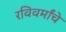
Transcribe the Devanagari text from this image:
रविवर्मांचे